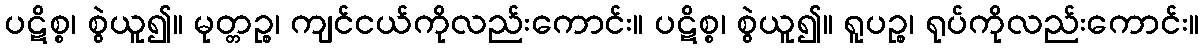
ပဋိစ္စ၊ စွဲယူ၍။ မုတ္တဉ္စ၊ ကျင်ငယ်ကိုလည်းကောင်း။ ပဋိစ္စ၊ စွဲယူ၍။ ရူပဉ္စ၊ ရုပ်ကိုလည်းကောင်း။